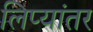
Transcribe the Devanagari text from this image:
लिप्यांतर